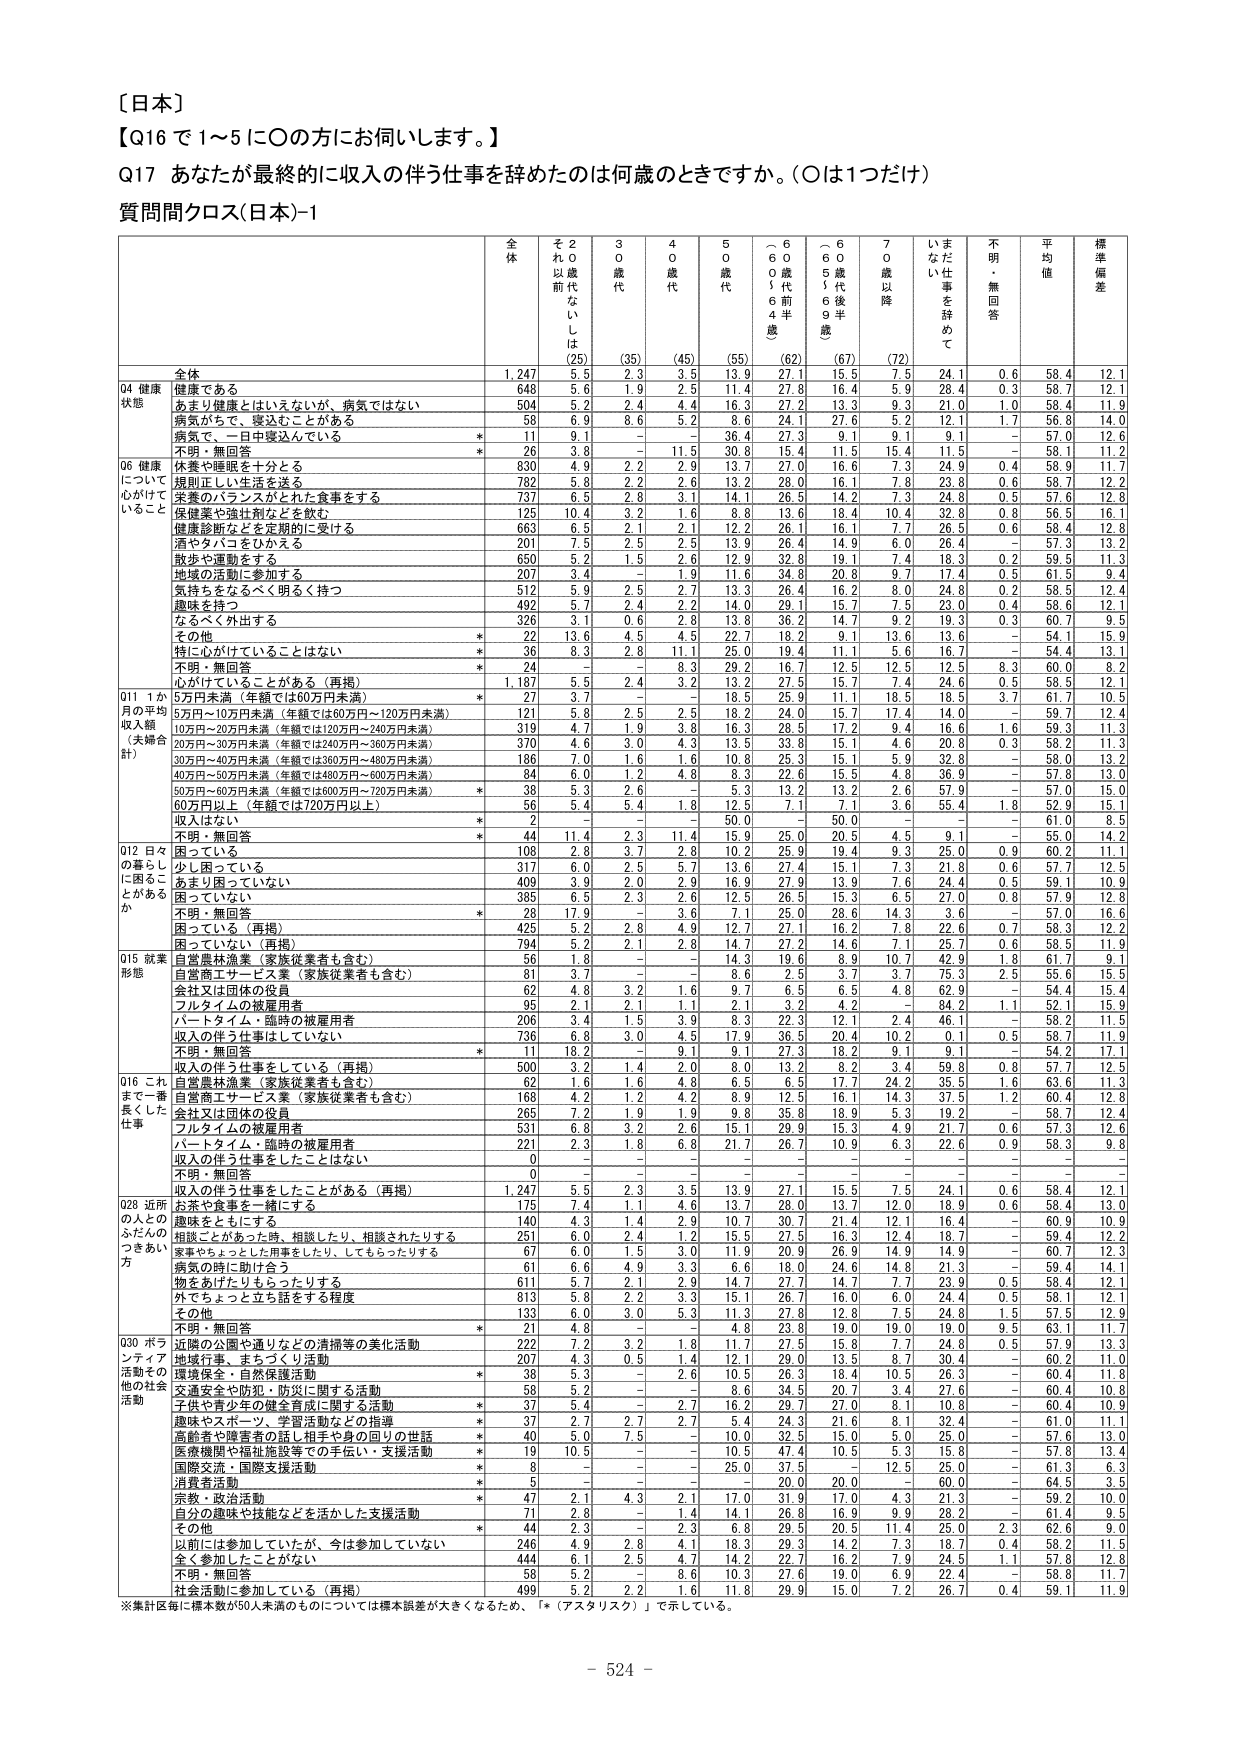
【日本】
【Q16 で 1～5 に〇の方にお伺いします。】
Q17 あなたが最終的に収入の伴う仕事を辞めたのは何歳のときですか。（〇は1つだけ）
質問間クロス（日本）-1

全 体
そ 2 0 以 前 代 に は し て い な い
3 0 歳 代
4 0 歳 代
5 0 歳 代
（ 6 0 歳 ～ 6 4 歳 ）
（ 6 5 歳 ～ 6 9 歳 ）
7 0 歳 以 降
い ま だ 仕 事 を 辞 め て い な い
不 明 ・ 無 回 答
平 均 値
標 準 偏 差

全体
1,247
(25)
(35)
(45)
(55)
(62)
(67)
(72)
24.1
0.6
58.4
12.1

Q4 健康状態
健康である
648
5.6
1.9
2.5
11.4
27.8
16.4
5.9
28.4
0.3
58.7
12.1
あまり健康とはいえないが、病気ではない
504
5.2
2.4
4.4
16.3
27.2
13.3
9.3
21.0
1.0
58.4
11.9
病気がって、寝込むことがある
58
6.9
8.6
5.2
8.6
24.1
27.6
5.2
12.1
1.7
56.8
14.0
病気で、一日中寝込んでいる
*
11
9.1
-
-
36.4
27.3
9.1
9.1
9.1
-
57.0
12.6
不明・無回答
*
26
3.8
-
11.5
30.8
15.4
11.5
15.4
11.5
-
58.1
11.2

Q6 健康について心がけていること
休養や睡眠を十分とる
830
4.9
2.2
2.9
13.7
27.0
16.6
7.3
24.9
0.4
58.9
11.7
規則正しい生活を送る
782
5.8
2.2
2.6
13.2
28.0
16.1
7.8
23.8
0.6
58.7
12.2
栄養バランスがとれた食事をする
737
6.5
2.8
3.1
14.1
26.5
14.2
7.3
24.8
0.5
57.6
12.8
健康美や強壮剤などを飲む
125
10.4
3.2
1.6
8.8
13.6
18.4
10.4
32.8
0.8
56.5
16.1
健康診断などを定期的に受ける
663
6.5
2.1
2.1
12.2
26.1
16.1
7.7
26.5
0.6
58.4
12.8
酒やタバコをひかえる
201
7.5
2.5
2.5
13.9
26.4
14.9
6.0
26.4
-
57.3
13.2
散歩や運動をする
650
5.2
1.5
2.6
12.9
32.8
19.1
7.4
18.3
0.2
59.5
11.3
地域の活動に参加する
207
3.4
-
1.9
11.6
34.8
20.8
9.7
17.4
0.5
61.3
9.4
気持ちをなるべく明るく持つ
512
5.9
2.5
2.7
13.3
26.4
16.2
8.0
24.8
0.2
58.3
12.4
趣味を持つ
492
5.7
2.4
2.2
14.0
29.1
15.7
7.5
23.0
0.4
58.6
12.1
なるべく外出する
326
3.1
0.6
2.8
13.8
36.2
14.7
9.2
19.3
0.3
60.7
9.5
その他
*
22
13.6
4.5
4.5
22.7
18.2
9.1
13.6
13.6
-
54.1
15.9
特に心がけていることはない
*
36
8.3
2.8
11.1
25.0
19.4
11.1
5.6
16.7
-
54.4
13.1
不明・無回答
*
24
-
-
8.3
29.2
16.7
12.5
12.5
12.5
8.3
60.0
8.2
心がけていることがある（再掲）
1,187
5.5
2.4
3.2
13.2
27.5
15.7
7.4
24.6
0.5
58.5
12.1

Q11 1か月の平均収入額（夫婦合計）
5万円未満（年額では60万円未満）
*
27
3.7
-
-
18.5
25.9
11.1
18.5
18.5
3.7
61.7
10.5
5万円～10万円未満（年額では60万円～120万円未満）
121
5.8
2.5
2.5
18.2
24.0
15.7
17.4
14.0
-
59.7
12.4
10万円～20万円未満（年額では120万円～240万円未満）
319
4.7
1.9
3.8
16.3
28.5
17.2
9.4
16.6
1.6
59.3
11.3
20万円～30万円未満（年額では240万円～360万円未満）
370
4.6
3.0
4.3
13.5
33.8
15.1
4.6
20.8
0.3
58.2
11.3
30万円～40万円未満（年額では360万円～480万円未満）
186
7.0
1.6
1.6
10.8
25.3
15.1
5.9
32.8
-
58.0
13.2
40万円～50万円未満（年額では480万円～600万円未満）
84
6.0
1.2
4.8
8.3
22.6
15.5
4.8
36.9
-
57.8
13.0
50万円～60万円未満（年額では600万円～720万円未満）
*
38
5.3
2.6
-
5.3
13.2
13.2
2.6
57.9
-
57.0
15.0
60万円以上（年額では720万円以上）
56
5.4
5.4
1.8
12.5
7.1
7.1
3.6
55.4
1.8
52.9
15.1
収入はない
*
2
-
-
-
50.0
-
50.0
-
-
-
61.0
8.5
不明・無回答
*
44
11.4
2.3
11.4
15.9
25.0
20.5
4.5
9.1
-
55.0
14.2

Q12 日々の暮らしに困ることがあるか
困っている
108
2.8
3.7
2.8
10.2
25.9
19.4
9.3
25.0
0.9
60.2
11.1
少し困っている
317
6.0
2.5
5.7
13.6
27.4
15.1
7.3
21.8
0.6
57.7
12.5
あまり困っていない
409
3.9
2.0
2.9
16.9
27.9
13.9
7.6
24.4
0.5
59.1
10.9
困っていない
385
6.5
2.3
2.6
12.5
26.5
15.3
6.5
27.0
0.8
57.9
12.8
不明・無回答
*
28
17.9
-
3.6
7.1
25.0
28.6
14.3
3.6
-
57.0
16.6
困っている（再掲）
425
5.2
2.8
4.9
12.7
27.1
16.2
7.8
22.6
0.7
58.3
12.2
困っていない（再掲）
794
5.2
2.1
2.8
14.7
27.2
14.6
7.1
25.7
0.6
58.5
11.9

Q15 就業形態
自営農林漁業（家族従業者も含む）
56
1.8
-
-
14.3
19.6
8.9
10.7
42.9
1.8
61.7
9.1
自営商工サービス業（家族従業者も含む）
81
3.7
-
-
8.6
2.5
3.7
3.7
75.3
2.5
55.6
15.5
会社又は団体の役員
62
4.8
3.2
1.6
9.7
6.5
6.5
4.8
62.9
-
54.4
15.4
フルタイムの被雇用者
95
2.1
2.1
1.1
2.1
3.2
4.2
1.1
84.2
1.1
52.1
15.9
パートタイム・臨時の被雇用者
206
3.4
1.5
3.0
6.5
22.3
12.1
2.4
46.1
-
58.2
11.5
収入の伴う仕事はしていない
736
6.5
3.0
4.5
17.9
36.5
20.4
10.2
0.4
0.5
58.7
11.9
不明・無回答
*
11
18.2
-
9.1
9.1
27.3
18.2
9.1
-
-
57.2
17.1
収入の伴う仕事をしている（再掲）
500
3.2
1.4
2.0
8.0
13.2
8.2
3.4
59.8
0.8
57.7
12.5
自営農林漁業（家族従業者も含む）
62
1.6
1.6
4.8
6.5
6.5
17.7
24.2
35.5
1.6
63.6
11.3
自営商工サービス業（家族従業者も含む）
168
4.2
1.2
4.2
8.9
12.5
16.1
14.3
37.5
1.2
60.4
12.8
会社又は団体の役員
265
7.2
1.9
1.9
9.8
35.8
18.9
5.3
19.2
-
58.7
12.4
フルタイムの被雇用者
531
6.8
3.2
2.6
15.1
29.9
15.3
4.9
21.7
0.6
57.3
12.6
パートタイム・臨時の被雇用者
221
2.3
1.8
6.8
21.7
26.7
10.9
6.3
22.6
0.9
58.3
9.8
収入の伴う仕事をしたことはない
0
-
-
-
-
-
-
-
-
-
-
-
不明・無回答
0
-
-
-
-
-
-
-
-
-
-
-
収入の伴う仕事をしたことがある（再掲）
1,247
5.5
2.3
3.5
13.9
27.1
15.5
7.5
24.1
0.6
58.4
12.1

Q28 近所の人とのふれあい方
お茶や食事を一緒にする
175
7.4
1.1
4.6
13.7
28.0
13.7
12.0
18.9
0.6
58.4
13.0
趣味をともにする
140
4.3
1.4
2.9
10.7
30.7
21.4
12.1
16.4
-
60.9
10.9
相談ことがあった時、相談したり、相談されたりする
251
6.0
2.4
1.2
15.5
27.5
16.3
12.4
18.7
-
59.4
12.2
家事やちょっとした用事をしたり、してもらったりする
67
6.0
1.5
3.0
11.9
20.9
26.9
14.9
14.9
-
60.7
12.3
病気の時に助け合う
61
6.6
4.9
3.3
6.6
18.0
24.6
14.8
21.3
-
59.4
14.1
物をあげたりもらったりする
611
5.7
2.1
2.9
14.7
27.7
14.7
7.7
23.9
0.5
58.4
12.1
外でちょっと立ち話をする程度
813
5.8
2.2
3.3
15.1
26.7
16.0
6.0
24.4
0.5
58.1
12.1
その他
133
6.0
3.0
5.3
11.3
27.8
12.8
7.5
24.8
1.5
57.5
12.9
不明・無回答
*
21
4.8
-
-
4.8
23.8
19.0
19.0
19.0
9.5
63.1
11.7

Q30 ボランティア活動その他の社会活動
近隣の公園や通りなどの清掃等の美化活動
222
7.2
3.2
1.8
11.7
27.5
15.8
7.7
24.8
0.5
57.9
13.3
地域行事、まちづくり活動
207
4.3
0.5
1.4
12.1
29.0
13.5
8.7
30.4
-
60.2
11.0
環境保全・自然保護活動
*
38
5.3
-
2.6
10.5
26.3
18.4
10.5
26.3
-
60.4
11.8
交通安全や防犯・防災に関する活動
58
5.2
-
-
8.6
34.5
20.7
3.4
27.6
-
60.4
10.8
子供や青少年の健全育成に関する活動
*
37
5.4
-
2.7
16.2
29.7
27.0
8.1
10.8
-
60.4
10.9
趣味やスポーツ、学習活動などの指導
*
37
2.7
2.7
2.7
5.4
24.3
21.6
8.1
32.4
-
61.0
11.1
高齢者や障害者の話し相手や身の回りの世話
*
40
5.0
7.5
-
10.0
32.5
15.0
5.0
25.0
-
57.6
13.0
医療機関や福祉施設等での手伝い・支援活動
*
19
10.5
-
-
10.5
47.4
10.5
5.3
15.8
-
57.8
13.4
国際交流・国際支援活動
*
8
-
-
-
25.0
37.5
-
12.5
25.0
-
61.3
6.3
消費生活活動
*
5
-
-
-
-
20.0
20.0
-
60.0
-
64.5
3.5
宗教・政治活動
*
47
2.1
4.3
2.1
17.0
31.9
17.0
4.3
21.3
-
59.2
10.0
自分の趣味や技能などを活かした支援活動
71
2.8
-
1.4
14.1
26.8
16.9
9.9
28.2
-
61.4
9.5
その他
*
44
2.3
-
2.3
6.8
29.5
20.5
11.4
25.0
2.3
62.6
9.0
以前には参加していたが、今は参加していない
246
4.9
2.8
4.1
18.3
29.3
14.2
7.3
18.7
0.4
58.2
11.5
全く参加したことがない
444
6.1
2.5
4.7
14.2
22.7
16.2
7.9
24.5
1.1
57.8
12.8
不明・無回答
58
5.2
-
8.6
10.3
27.6
19.0
6.9
22.4
-
58.8
11.7
社会活動に参加している（再掲）
499
5.2
2.2
1.6
11.8
29.9
15.0
7.2
26.7
0.4
59.1
11.9

※集計毎に標本数が50人未満のものについては標本誤差が大きくなるため、「*（アスタリスク）」で示している。

- 524 -